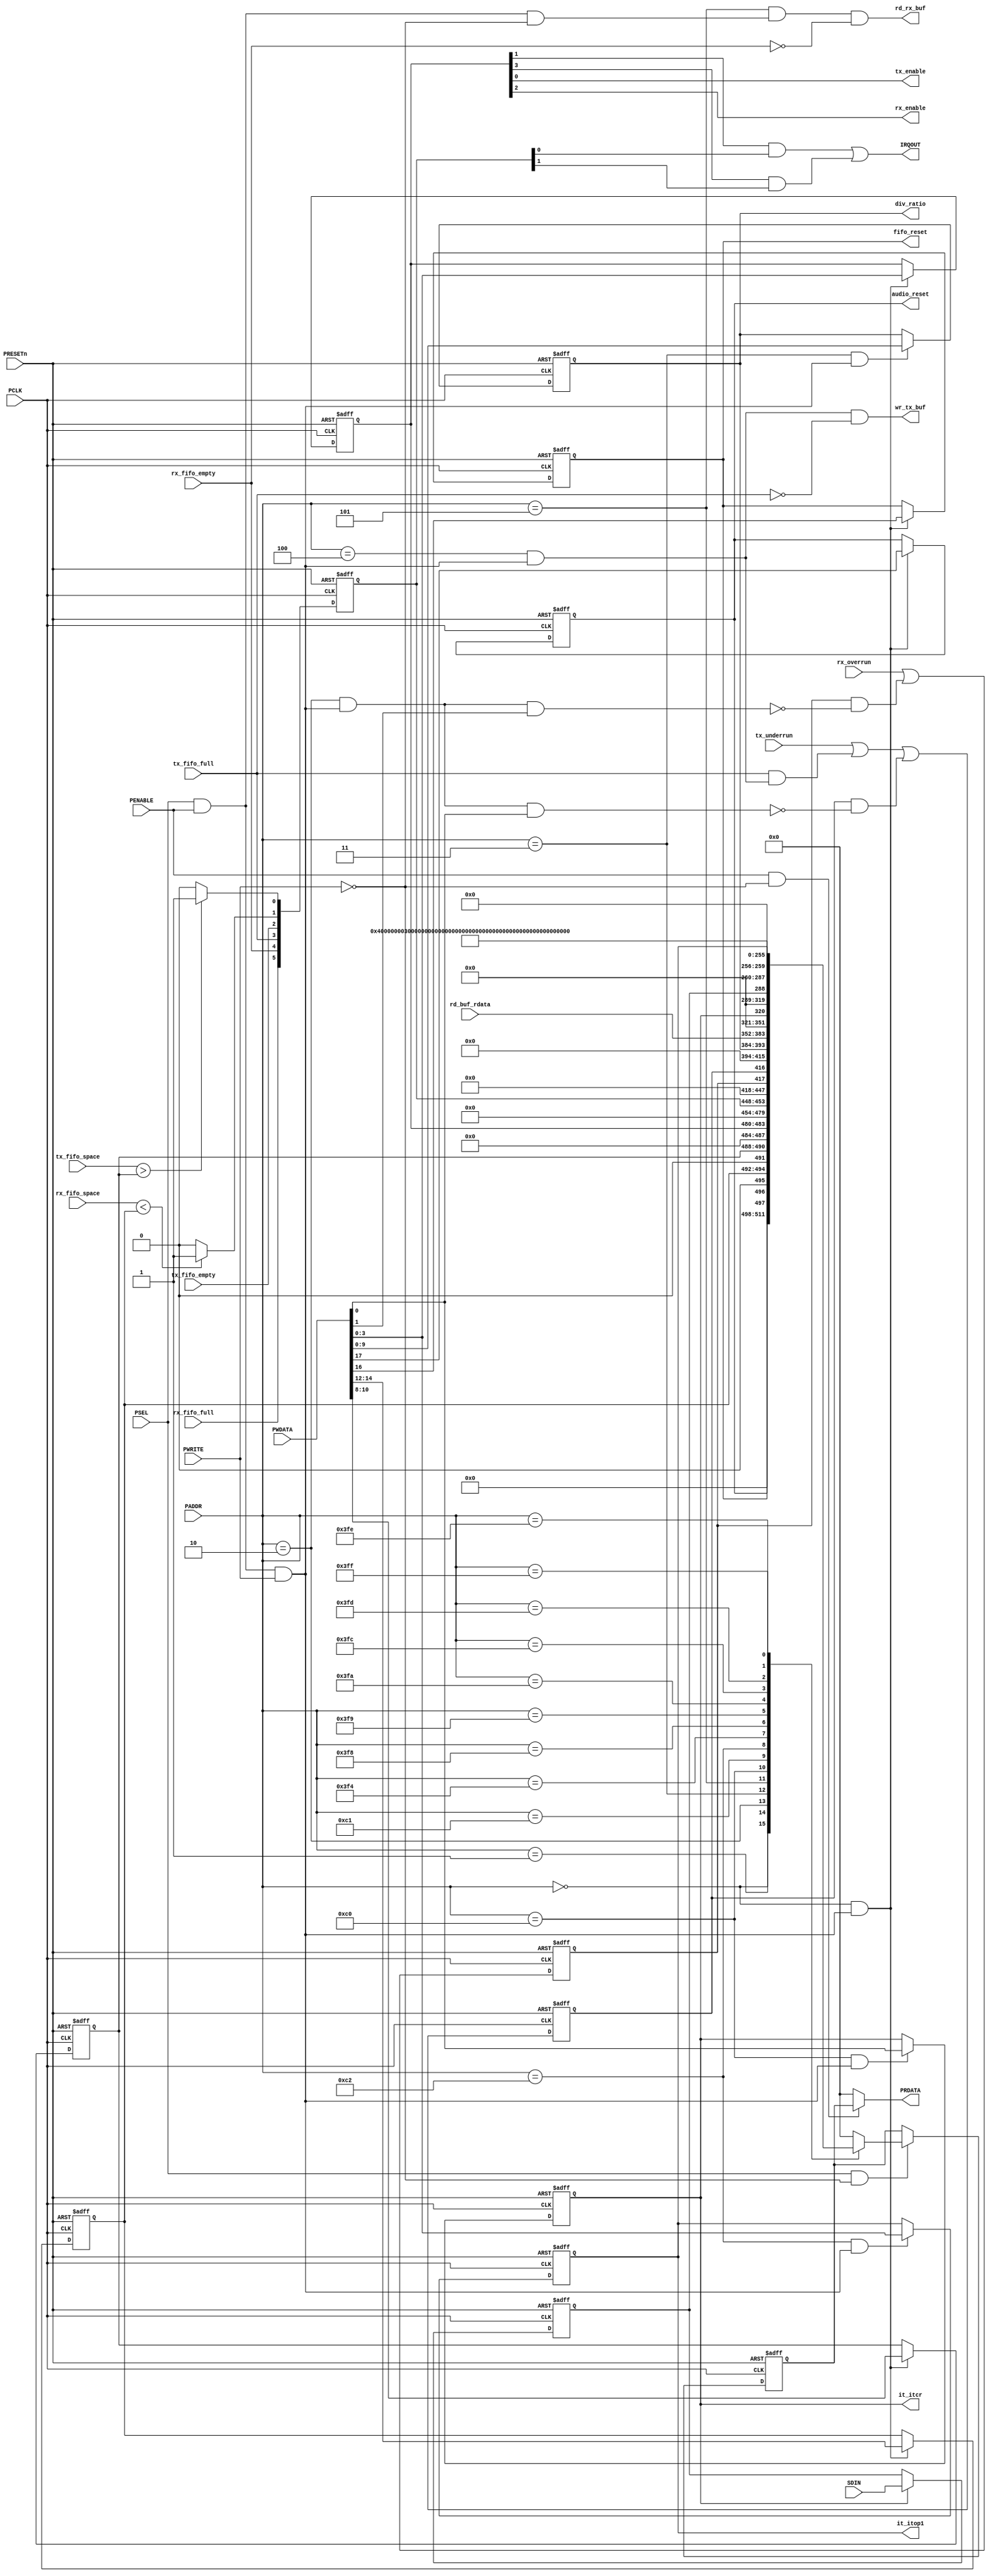
//-----------------------------------------------------------------------------
// The confidential and proprietary information contained in this file may
// only be used by a person authorised under and to the extent permitted
// by a subsisting licensing agreement from ARM Limited.
//
//            (C) COPYRIGHT 2013 ARM Limited.
//                ALL RIGHTS RESERVED
//
// This entire notice must be reproduced on all copies of this file
// and copies of this file may only be made by a person if such person is
// permitted to do so under the terms of a subsisting license agreement
// from ARM Limited.
//
//      SVN Information
//
//      Checked In          : $Date: 2017-07-25 15:10:13 +0100 (Tue, 25 Jul 2017) $
//
//      Revision            : $Revision: 368444 $
//
//      Release Information : Cortex-M0 DesignStart-r2p0-00rel0
//
//-----------------------------------------------------------------------------
//-----------------------------------------------------------------------------
// Abstract : I2S interface - APB interface
//-----------------------------------------------------------------------------

module i2s_apb_if (
  input    wire           PCLK,
  input    wire           PRESETn,  
  input    wire  [11:2]   PADDR,
  input    wire           PSEL,
  input    wire           PENABLE,
  input    wire           PWRITE,
  input    wire  [31:0]   PWDATA,
  output   wire  [31:0]   PRDATA,
  
  output   wire           tx_enable,
  output   wire           rx_enable,
  output   wire           fifo_reset,
  output   wire           audio_reset,
  input    wire   [2:0]   tx_fifo_space,
  input    wire           tx_fifo_empty,
  input    wire           tx_fifo_full,
  input    wire   [2:0]   rx_fifo_space,
  input    wire           rx_fifo_empty,
  input    wire           rx_fifo_full,
  input    wire           tx_underrun,
  input    wire           rx_overrun,
  output   wire           IRQOUT,
  
  output   wire   [9:0]   div_ratio, // LRCLK divide ratio
  output   wire           wr_tx_buf, // Write to TX Buffer
  output   wire           rd_rx_buf, // Read from RX Buffer
  input    wire  [31:0]   rd_buf_rdata, // Read data from RX FIFO
  
  // Integration test
  output   wire           it_itcr,
  input    wire           SDIN,
  output   wire   [3:0]   it_itop1
  );

// Internal wires
  // Control Register
  wire        wr_to_ctrl;    // Write to control register
  reg  [3:0]  reg_ctrl;      // Lowest 4 bits of control
  reg  [2:0]  reg_tx_wlevel; // TX FIFO water level
  reg  [2:0]  reg_rx_wlevel; // RX FIFO water level
  reg         reg_fifo_reset;// FIFO reset
  reg         reg_audio_reset;// Audio codec reset
  // Status Register
  reg  [5:0]  reg_status;
  // Error Status Register
  wire        wr_to_errstatus; // Write to Error status register
  reg         reg_tx_err;
  wire        nxt_tx_err;
  reg         reg_rx_err;
  wire        nxt_rx_err;
  // Divider ratio register
  wire        wr_to_div; // Write to div ratio register
  reg  [9:0]  reg_div_ratio;
  // TX & RX buffer
  wire        wr_to_tx_buffer; // Write to TX buffer
  wire        rd_fr_rx_buffer; // Read from RX buffer
  // Integration Test Registers
  wire        wr_to_itcr;
  wire        wr_to_itop1;
  reg         reg_itcr;
  reg         reg_itip1;
  reg   [3:0] reg_itop1;
  
  reg  [31:0] read_mux;   // read data mux (not registered)
  reg  [31:0] reg_rdata;  // Registered read data
  
  always @(PADDR or reg_ctrl or reg_tx_wlevel or reg_rx_wlevel
    or reg_fifo_reset or reg_audio_reset or reg_status or 
        reg_tx_err or reg_rx_err or reg_div_ratio or 
        rd_buf_rdata or reg_itcr or reg_itip1 or reg_itop1)
        begin
        case (PADDR[11:2])
         10'b0000000000: // CONTROL
           read_mux = {{14{1'b0}}, reg_audio_reset, reg_fifo_reset,
             1'b0, reg_rx_wlevel[2:0], 1'b0, reg_tx_wlevel[2:0],
             {4{1'b0}}, reg_ctrl[3:0]};
         10'b0000000001: // STATUS
           read_mux = {{26{1'b0}}, reg_status};
         10'b0000000010: // Error status
           read_mux = {{30{1'b0}}, reg_rx_err, reg_tx_err};
         10'b0000000011: // Divide ratio
           read_mux = {{22{1'b0}}, reg_div_ratio};
         10'b0000000100: // TX buffer - write only
           read_mux = {32{1'b0}};
         10'b0000000101: // RX buffer - read only
           read_mux = rd_buf_rdata[31:0];
         10'b0011000000: // ITCR
           read_mux = {{31{1'b0}}, reg_itcr};
         10'b0011000001: // ITIP1
           read_mux = {{31{1'b0}}, reg_itip1};
         10'b0011000010: // ITOP1
           read_mux = {{28{1'b0}}, reg_itop1};
         10'b1111110100: // PID4
           read_mux = {{24{1'b0}}, 8'h04};
         10'b1111110101: // PID5
           read_mux = {32{1'b0}};
         10'b1111110110: // PID6
           read_mux = {32{1'b0}};
         10'b1111110111: // PID7
           read_mux = {32{1'b0}};
         10'b1111111000: // PID0
           read_mux = {{24{1'b0}}, 8'h03};// Part number 703
         10'b1111111001: // PID1
           read_mux = {{24{1'b0}}, 8'hB7};// Part number 703
         10'b1111111010: // PID2
           read_mux = {{24{1'b0}}, 8'h0B};// Rev 0
         10'b1111111011: // PID3
           read_mux = {{24{1'b0}}, 8'h00};
         10'b1111111100: // CID0
           read_mux = {{24{1'b0}}, 8'h0D};
         10'b1111111101: // CID1
           read_mux = {{24{1'b0}}, 8'hF0}; // Component type F, PrimeCell/Peripherals
         10'b1111111110: // CID2
           read_mux = {{24{1'b0}}, 8'h05};
         10'b1111111111: // CID3
           read_mux = {{24{1'b0}}, 8'hB1};
     default:
           read_mux = {32{1'b0}};
         endcase
         end

  // Registering read data
  always @(posedge PCLK or negedge PRESETn)
  begin
  if (~PRESETn)
    reg_rdata <= {32{1'b0}};
  else if (PSEL & ~PWRITE)
    reg_rdata <= read_mux;
  end

  assign PRDATA = (PENABLE & ~PWRITE) ? reg_rdata : {32{1'b0}};
  
  // address decoder
  wire   wr_op = PSEL & PENABLE & PWRITE;
  wire   rd_op = PSEL & PENABLE & ~PWRITE;
  assign wr_to_ctrl      = (PADDR[11:2]==10'b0000000000) & wr_op;
  assign wr_to_errstatus = (PADDR[11:2]==10'b0000000010) & wr_op;
  assign wr_to_div       = (PADDR[11:2]==10'b0000000011) & wr_op;
  assign wr_to_tx_buffer = (PADDR[11:2]==10'b0000000100) & wr_op;
  assign rd_fr_rx_buffer = (PADDR[11:2]==10'b0000000101) & rd_op;
  assign wr_to_itcr      = (PADDR[11:2]==10'b0011000000) & wr_op;
  assign wr_to_itop1     = (PADDR[11:2]==10'b0011000010) & wr_op;
  
  // Control Register
  always @(posedge PCLK or negedge PRESETn)
  begin
  if (~PRESETn)
    begin
    reg_ctrl       <= {4{1'b0}};
    reg_tx_wlevel  <= 3'b010;
    reg_rx_wlevel  <= 3'b010;
    reg_fifo_reset <= 1'b0;
    reg_audio_reset<= 1'b0;
    end
  else if (wr_to_ctrl)
    begin
    reg_ctrl       <= PWDATA[ 3: 0];
    reg_tx_wlevel  <= PWDATA[10: 8];
    reg_rx_wlevel  <= PWDATA[14:12];
    reg_fifo_reset <= PWDATA[16];
    reg_audio_reset<= PWDATA[17];
    end
  end
  // Connect to higher level  
  assign tx_enable  = reg_ctrl[0];
  assign rx_enable  = reg_ctrl[2];
  assign fifo_reset = reg_fifo_reset;
  assign audio_reset= reg_audio_reset;

  // Status register
  // [0] TX Buffer Alert (Depends on Water level)
  // [1] TX Buffer Full
  // [2] RX Buffer Alert (Depends on Water level)
  // [3] RX Buffer Empty
  //    TX alert - IRQ triggers when more than 2 word space available
  wire tx_alert = (tx_fifo_space > reg_tx_wlevel) ? 1'b1 : 1'b0;
  //    RX alert - IRQ triggers when less than 2 word space available
  wire rx_alert = (rx_fifo_space < reg_rx_wlevel) ? 1'b1 : 1'b0;
  // Registering status
  always @(posedge PCLK or negedge PRESETn)
  begin
  if (~PRESETn)
    reg_status <= {6'b010101};
  else        
    reg_status <= {rx_fifo_full, rx_fifo_empty,  tx_fifo_full, tx_fifo_empty, rx_alert, tx_alert};
  end
  
  // Error flags
  //   TX error set if there is a TX underrun, or write to TX
  //   buffer when it is already full.
  //   Clear when write 1 to TX error flag.
  assign nxt_tx_err = tx_underrun | 
        (tx_fifo_full & wr_to_tx_buffer) |
                (reg_tx_err & ~(wr_to_errstatus & PWDATA[0]));

  always @(posedge PCLK or negedge PRESETn)
  begin
  if (~PRESETn)
    reg_tx_err <= 1'b0;
  else        
    reg_tx_err <= nxt_tx_err;
  end
  //   RX error set if there is a RX overrun.
  //   Clear when write 1 to RX error flag.
  assign nxt_rx_err = rx_overrun | 
                (reg_rx_err & ~(wr_to_errstatus & PWDATA[1]));

  always @(posedge PCLK or negedge PRESETn)
  begin
  if (~PRESETn)
    reg_rx_err <= 1'b0;
  else
    reg_rx_err <= nxt_rx_err;
  end

  // Divide ratio config register
  always @(posedge PCLK or negedge PRESETn)
  begin
  if (~PRESETn)
    reg_div_ratio <= 10'b00_0010_0000; // 0x20
  else if (wr_to_div)
    reg_div_ratio <= PWDATA[9:0];
  end

  assign div_ratio = reg_div_ratio;

  // TX buffer - do not write more data if FIFO is full
  // If doing so trigger error status.
  assign wr_tx_buf = wr_to_tx_buffer & ~tx_fifo_full;
  
  // RX Buffer - do not read more data if FIFO is empty
  assign rd_rx_buf = rd_fr_rx_buffer & ~rx_fifo_empty;
  
  // ITCR - Integration Test Control Register
  always @(posedge PCLK or negedge PRESETn)
  begin
  if (~PRESETn)
    reg_itcr <= 1'b0;
  else if (wr_to_itcr)
    reg_itcr <= PWDATA[0];
  end  
  
  assign it_itcr = reg_itcr;
  
  // ITIP1 - Integration Test Input Register, registering result
  always @(posedge PCLK or negedge PRESETn)
  begin
  if (~PRESETn)
    reg_itip1 <= 1'b0;
  else if (reg_itcr)
    reg_itip1 <= SDIN;
  end    

  // ITOP1 - Integration Test Output Register, registering result
  always @(posedge PCLK or negedge PRESETn)
  begin
  if (~PRESETn)
    reg_itop1 <= {4{1'b0}};
  else if (wr_to_itop1)
    reg_itop1 <= PWDATA[3:0];
  end      

  assign it_itop1 = reg_itop1;
  
  // Interrupt - TX alert | RX alert
  assign IRQOUT = (reg_ctrl[1] & reg_status[0]) | (reg_ctrl[3] & reg_status[1]);

endmodule